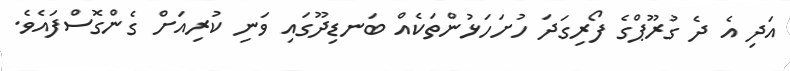
އަދި އެ ދެ ގުރޫޕްގެ ފޯރިގަދަ ހުށަހަޅުންތަކެއް ބަނޑިދޫގައި ވަނި ކުރިއަށް ގެންގޮސްފައެވެ.